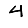
Digit: 4